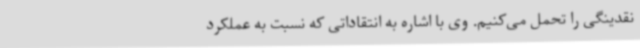
نقدینگی را تحمل می‌کنیم. وی با اشاره به انتقاداتی که نسبت به عملکرد